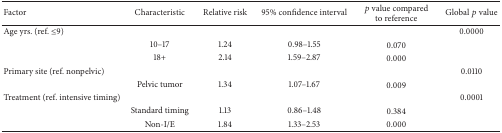
| Factor | Characteristic | Relative risk | 95% confidence interval | p value compared to reference | Global p value |
 | --- | --- | --- | --- | --- | --- |
 | Age yrs. (ref. ≤9) |  |  |  |  | 0.0000 |
 |  | 10–17 | 1.24 | 0.98–1.55 | 0.070 |  |
 |  | 18+ | 2.14 | 1.59–2.87 | 0.000 |  |
 | Primary site (ref. nonpelvic) |  |  |  |  | 0.0110 |
 |  | Pelvic tumor | 1.34 | 1.07–1.67 | 0.009 |  |
 | Treatment (ref. intensive timing) |  |  |  |  | 0.0001 |
 |  | Standard timing | 1.13 | 0.86–1.48 | 0.384 |  |
 |  | Non-I/E | 1.84 | 1.33–2.53 | 0.000 |  |